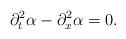
LaTeX: \begin{align*}\partial_{t}^2 \alpha -\partial_{x}^2 \alpha=0.\end{align*}